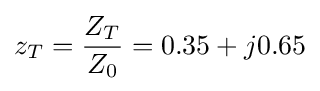
z_{T}={\frac {Z_{T}}{Z_{0}}}=0.35+j0.65